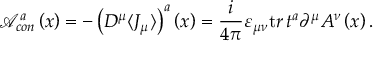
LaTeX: { \mathcal A } _ { c o n } ^ { a } \left( x \right) = - \left( D ^ { \mu } \langle J _ { \mu } \rangle \right) ^ { a } \left( x \right) = \frac i { 4 \pi } \varepsilon _ { \mu \nu } { \mathrm t r } \, t ^ { a } \partial ^ { \mu } A ^ { \nu } \left( x \right) .